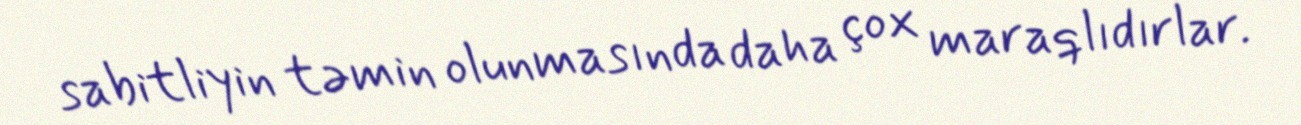
sabitliyin təmin olunmasında daha çox maraqlıdırlar.